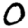
Digit: 0